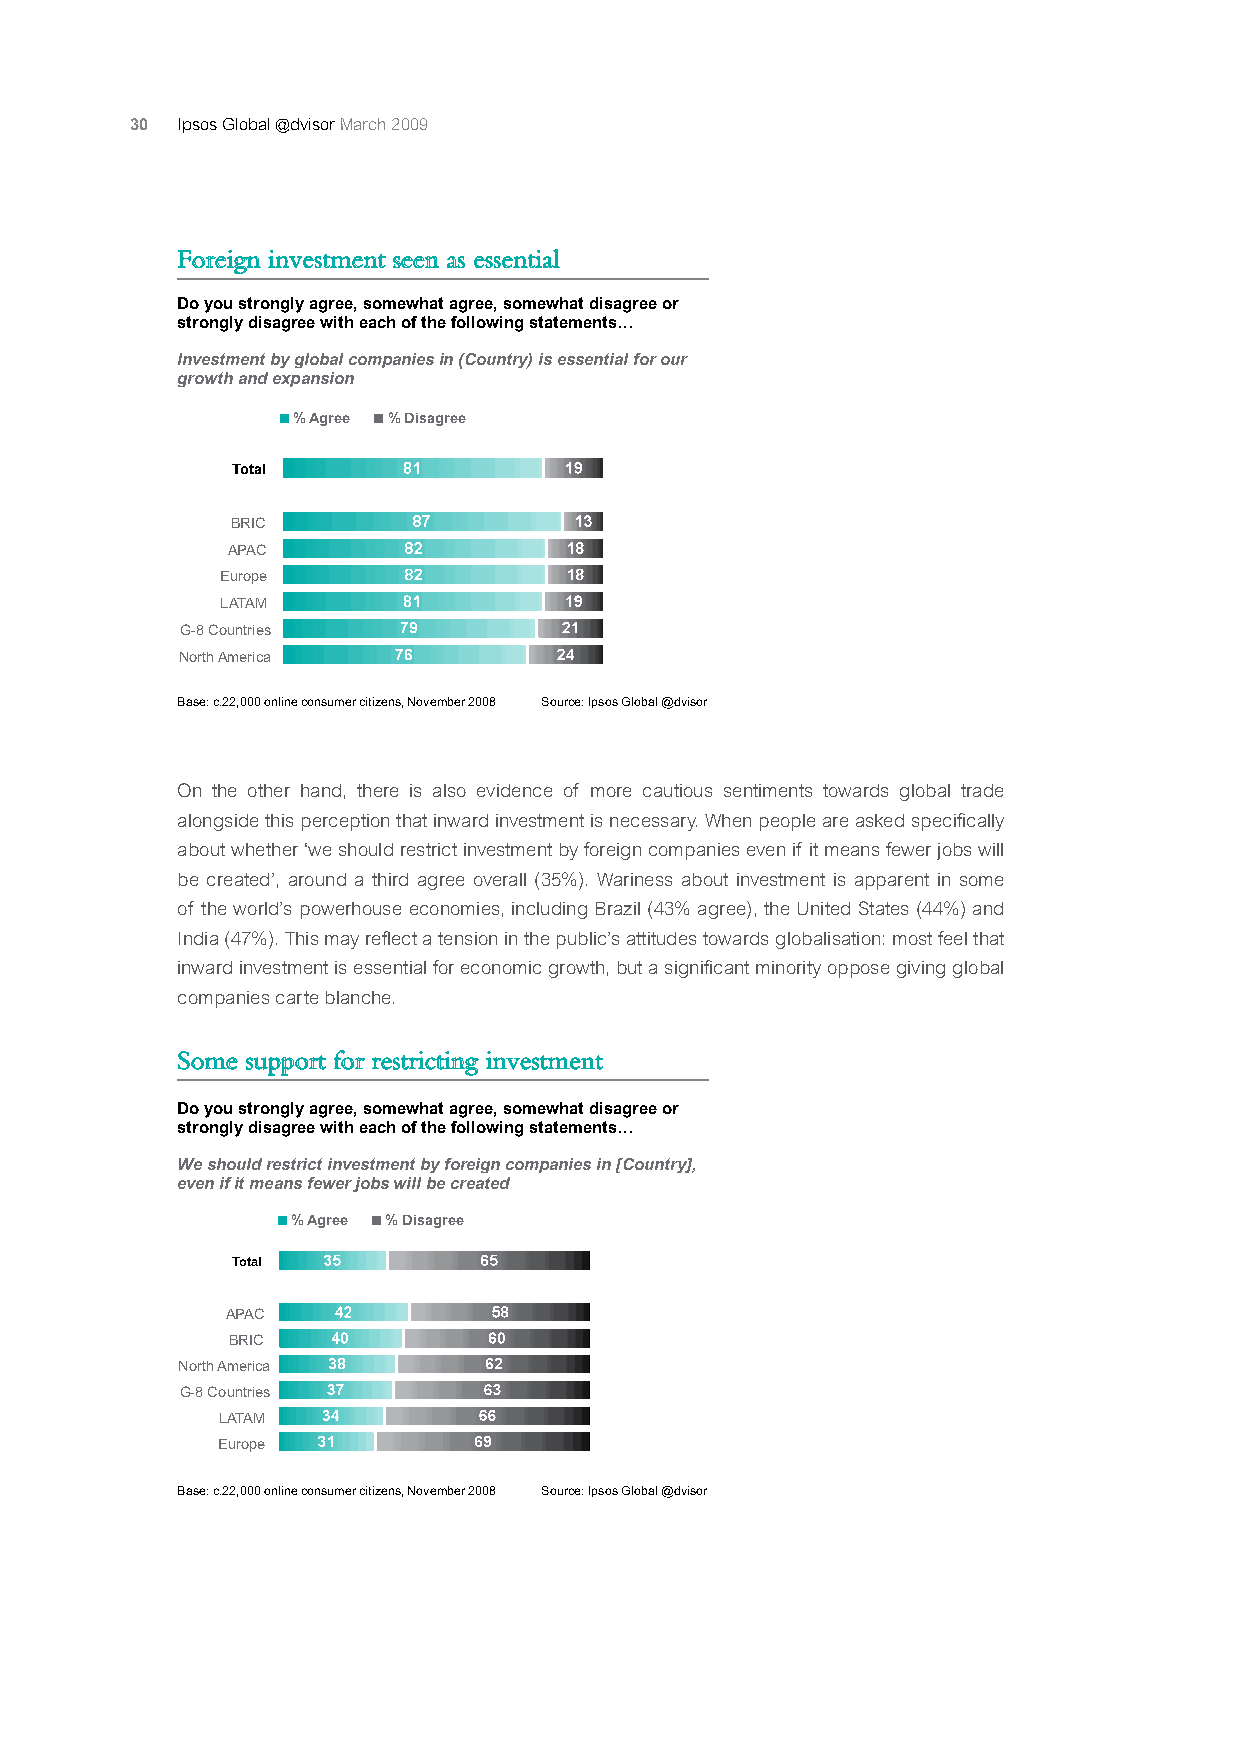
30 Ipsos Global @dvisor March 2009
 Foreign investment seen as essential
 Do you strongly agree, somewhat agree, somewhat disagree or
 strongly disagree with each of the following statements…
 Investment by global companies in (Country) is essential for our
 growth and expansion
 % Agree % Disagre e
 Total
 BRIC
 APAC
 Europe
 LATAM
 G-8 Countries
 North America
 Base: c.22,000 online consumer citizens, November 2008 Source: Ipsos Global @dvisor
 On the other hand, there is also evidence of more cautious sentiments towards global trade
 alongside this perception that inward investment is necessary. When people are asked specifically
 about whether ‘we should restrict investment by foreign companies even if it means fewer jobs will
 be created’, around a third agree overall (35%). Wariness about investment is apparent in some
 of the world’s powerhouse economies, including Brazil (43% agree), the United States (44%) and
 India (47%). This may reflect a tension in the public’s attitudes towards globalisation: most feel that
 inward investment is essential for economic growth, but a significant minority oppose giving global
 companies carte blanche.
 Some support for restricting investment
 Do you strongly agree, somewhat agree, somewhat disagree or
 strongly disagree with each of the following statements…
 We should restrict investment by foreign companies in [Country],
 even if it means fewer jobs will be created
 % Agree % Disagre e
 Total
 APAC
 BRIC
 North America
 G-8 Countries
 LATAM
 Europe
 Base: c.22,000 online consumer citizens, November 2008 Source: Ipsos Global @dvisor